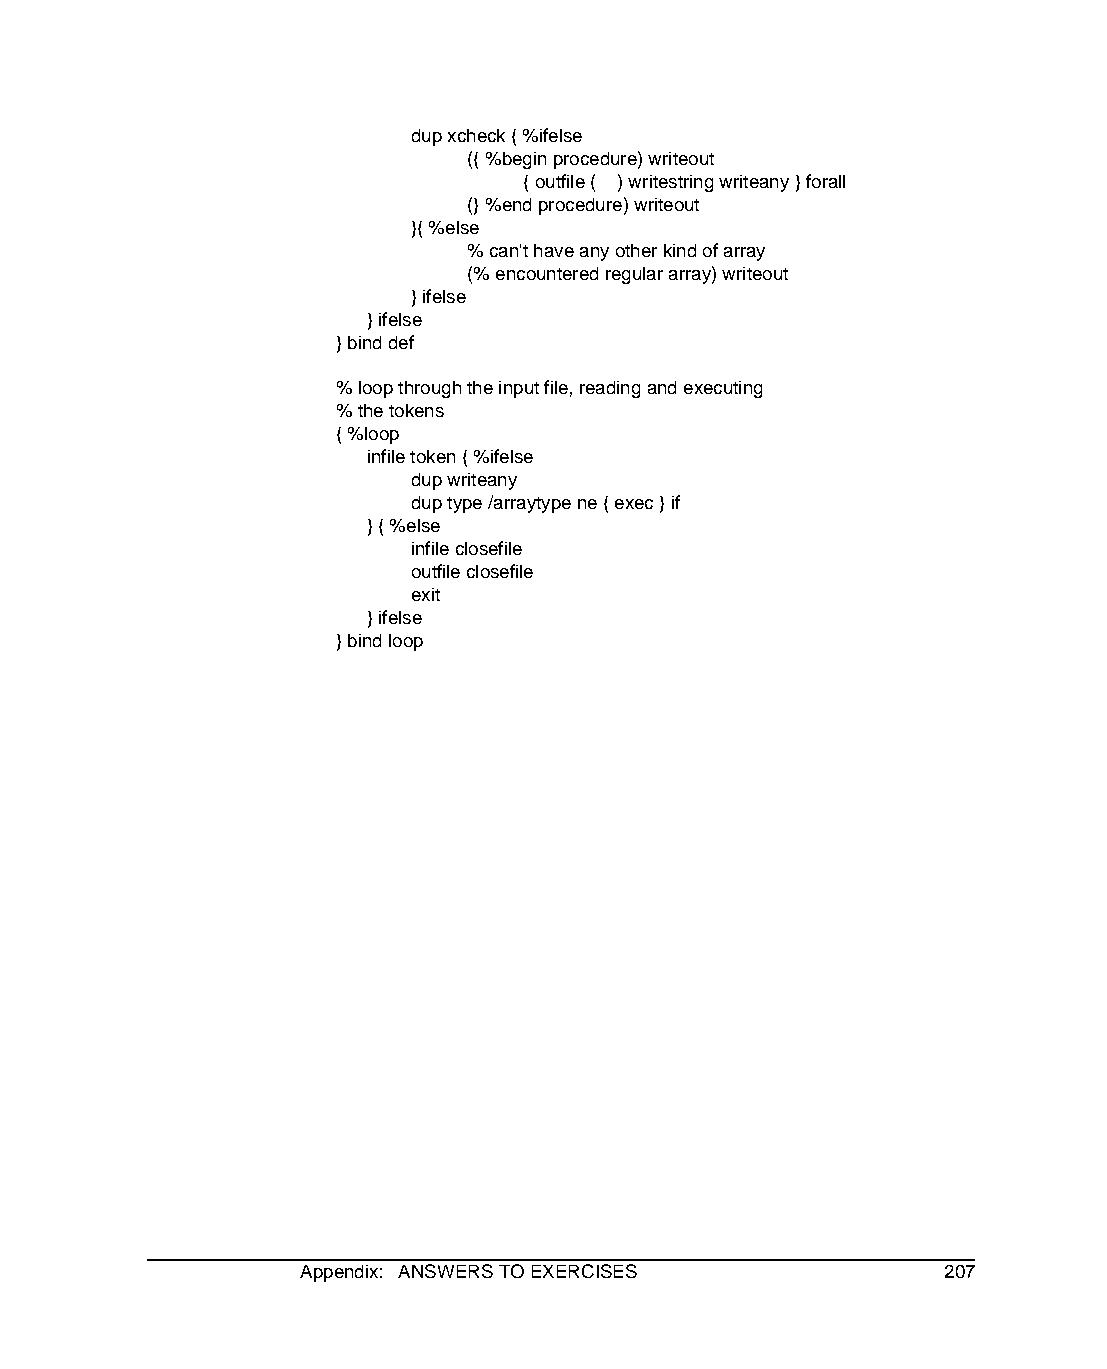
dup xcheck { %ifelse
 ({ %begin procedure) writeout
 { outfile ( ) writestring writeany } forall
 (} %end procedure) writeout
 }{ %else
 % can't have any other kind of array
 (% encountered regular array) writeout
 } ifelse
 } ifelse
 } bind def
 % loop through the input file, reading and executing
 % the tokens
 { %loop
 infile token { %ifelse
 dup writeany
 dup type /arraytype ne { exec } if
 } { %else
 infile closefile
 outfile closefile
 exit
 } ifelse
 } bind loop
 Appendix: ANSWERS TO EXERCISES            207